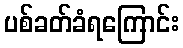
ပစ်ခတ်ခံရကြောင်း